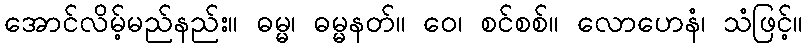
အောင်လိမ့်မည်နည်း။ ဓမ္မ၊ ဓမ္မနတ်။ ဝေ၊ စင်စစ်။ လောဟေနံ၊ သံဖြင့်။